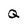
Character: Q